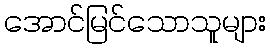
အောင်မြင်သောသူများ